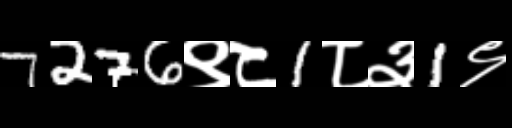
Text: 7276९८1८३1९